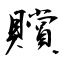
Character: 贘